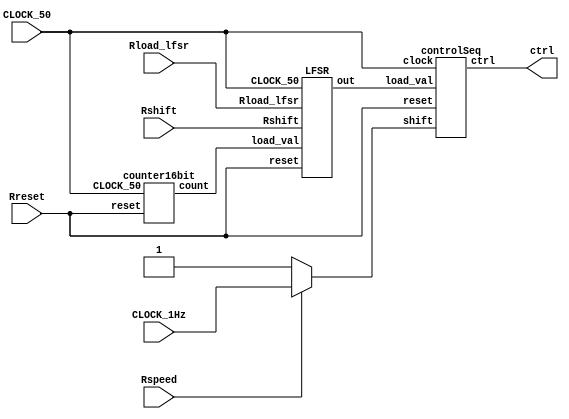
module rand_module (Rreset, CLOCK_50, CLOCK_1Hz, Rload_lfsr, Rshift, Rspeed, ctrl);
	input Rreset, CLOCK_1Hz, CLOCK_50, Rload_lfsr, Rshift, Rspeed;
	output [7:0] ctrl;

	wire [15:0] count;
	counter16bit c16b(.count(count), .CLOCK_50(CLOCK_50), .reset(Rreset));
	
	wire rand_lfsr;
	LFSR lfsr (.load_val(count), .Rload_lfsr(Rload_lfsr), .Rshift(Rshift), .CLOCK_50(CLOCK_50), .reset(Rreset), .out(rand_lfsr));
	
	controlSeq csq (.clock(CLOCK_50), .shift((Rspeed == 1'b1) ? CLOCK_1Hz : 1'b1), .load_val(rand_lfsr), .reset(Rreset), .ctrl(ctrl));
endmodule

module counter16bit (count, CLOCK_50, reset);
	input CLOCK_50, reset;
	output reg [15:0] count;
	
	always @(posedge CLOCK_50) begin
		if(reset == 1'b1)
			count <= 16'b0;
		else
			count <= count + 1'b1;
	end
endmodule

module LFSR (load_val, Rload_lfsr, Rshift, CLOCK_50, reset, out);
	input [15:0] load_val;
	input Rload_lfsr, Rshift, CLOCK_50, reset;
	output out;
	
	reg [15:0] mem;
	assign out = mem[0];
	
	always @(posedge CLOCK_50) begin
		if(reset == 1'b1)
			mem <= 16'b0;
		else if (Rload_lfsr == 1'b1)
			mem <= load_val;
		else if (Rshift == 1'b1)
			mem <= {mem[0] ^ mem[2] ^ mem [3] ^ mem[5] ,mem} >> 1;
	end
endmodule

module controlSeq (clock, shift, load_val, reset, ctrl);
	input clock, shift, load_val, reset;
	output [7:0]ctrl;

	reg [479:0] mem;
	
	assign ctrl [0] = mem[59];
	assign ctrl [1] = mem[119];
	assign ctrl [2] = mem[179];
	assign ctrl [3] = mem[239];
	assign ctrl [4] = mem[299];
	assign ctrl [5] = mem[359];
	assign ctrl [6] = mem[419];
	assign ctrl [7] = mem[479];
	
	always @(posedge clock, posedge reset) begin
		if(reset == 1'b1)
			mem <= 480'b0;
		else if(shift == 1'b1)
			begin 
			 mem <= {load_val, mem} >> 1;
			end
	end
endmodule